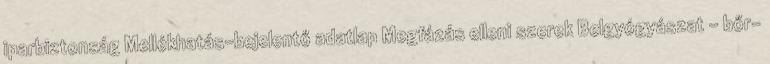
iparbiztonság Mellékhatás-bejelentő adatlap Megfázás elleni szerek Belgyógyászat - bőr-